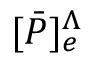
[ \bar { P } ] _ { e } ^ { \Lambda }